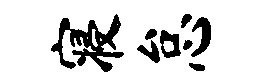
寝怠